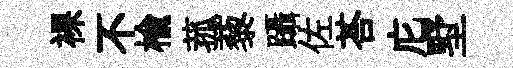
裸不楡菰藜躡佐荅庀墅